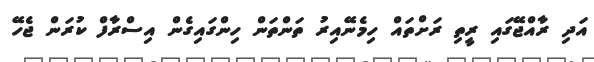
އަދި ރާއްޖޭގައި ރީތި ރަށްތައް ހިމެނޭއިރު ތަންތަން ހިންގައިގެން އިސްރާފް ކުރަން ޖެހޭ